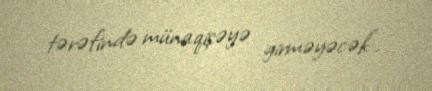
tərəfində münaqişəyə girməyəcək”.